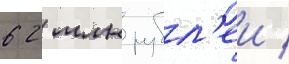
62 млн рубл'еи /